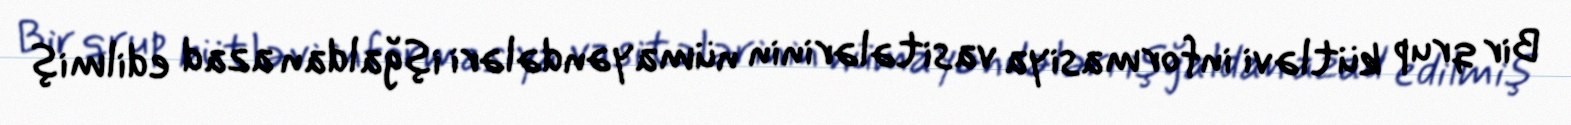
Bir qrup kütləvi informasiya vasitələrinin nümayəndələri işğaldan azad edilmiş